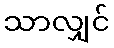
သာလျှင်